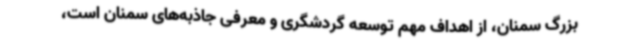
بزرگ سمنان، از اهداف مهم توسعه گردشگری و معرفی جاذبه‌های سمنان است،